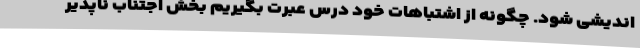
اندیشی شود. چگونه از اشتباهات خود درس عبرت بگیریم بخش اجتناب ناپذیر